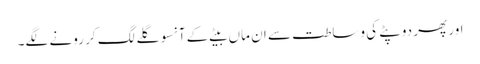
اور پھر دوپٹے کی وساطت سے ان ماں بیٹے کے آنسو گلے لگ کر رونے لگے۔